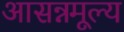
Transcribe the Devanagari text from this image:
आसन्नमूल्य